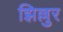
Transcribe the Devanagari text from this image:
झिल्लुर